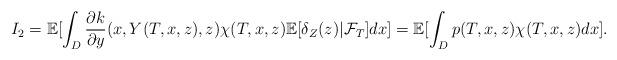
LaTeX: \begin{align*} I_2=\mathbb{E}[\int_D\frac{\partial k}{\partial y}(x,Y(T,x,z),z)\chi(T,x,z)\mathbb{E}[\delta_Z(z)|\mathcal{F}_T]dx]=\mathbb{E}[\int_Dp(T,x,z)\chi(T,x,z)dx].\end{align*}